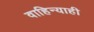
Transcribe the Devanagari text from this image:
वाहिन्याही